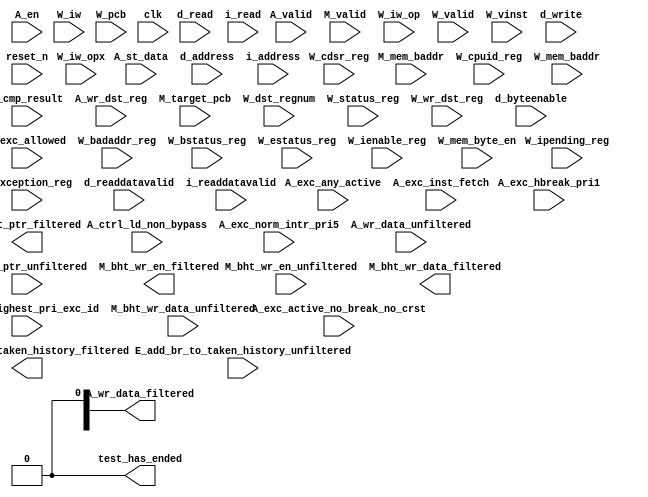
//Legal Notice: (C)2021 Altera Corporation. All rights reserved.  Your
//use of Altera Corporation's design tools, logic functions and other
//software and tools, and its AMPP partner logic functions, and any
//output files any of the foregoing (including device programming or
//simulation files), and any associated documentation or information are
//expressly subject to the terms and conditions of the Altera Program
//License Subscription Agreement or other applicable license agreement,
//including, without limitation, that your use is for the sole purpose
//of programming logic devices manufactured by Altera and sold by Altera
//or its authorized distributors.  Please refer to the applicable
//agreement for further details.

// synthesis translate_off
`timescale 1ns / 1ps
// synthesis translate_on

// turn off superfluous verilog processor warnings 
// altera message_level Level1 
// altera message_off 10034 10035 10036 10037 10230 10240 10030 

module mysystem_nios2_cpu_test_bench (
                                       // inputs:
                                        A_cmp_result,
                                        A_ctrl_ld_non_bypass,
                                        A_en,
                                        A_exc_active_no_break_no_crst,
                                        A_exc_allowed,
                                        A_exc_any_active,
                                        A_exc_hbreak_pri1,
                                        A_exc_highest_pri_exc_id,
                                        A_exc_inst_fetch,
                                        A_exc_norm_intr_pri5,
                                        A_st_data,
                                        A_valid,
                                        A_wr_data_unfiltered,
                                        A_wr_dst_reg,
                                        E_add_br_to_taken_history_unfiltered,
                                        M_bht_ptr_unfiltered,
                                        M_bht_wr_data_unfiltered,
                                        M_bht_wr_en_unfiltered,
                                        M_mem_baddr,
                                        M_target_pcb,
                                        M_valid,
                                        W_badaddr_reg,
                                        W_bstatus_reg,
                                        W_cdsr_reg,
                                        W_cpuid_reg,
                                        W_dst_regnum,
                                        W_estatus_reg,
                                        W_exception_reg,
                                        W_ienable_reg,
                                        W_ipending_reg,
                                        W_iw,
                                        W_iw_op,
                                        W_iw_opx,
                                        W_mem_baddr,
                                        W_mem_byte_en,
                                        W_pcb,
                                        W_status_reg,
                                        W_valid,
                                        W_vinst,
                                        W_wr_dst_reg,
                                        clk,
                                        d_address,
                                        d_byteenable,
                                        d_read,
                                        d_readdatavalid,
                                        d_write,
                                        i_address,
                                        i_read,
                                        i_readdatavalid,
                                        reset_n,

                                       // outputs:
                                        A_wr_data_filtered,
                                        E_add_br_to_taken_history_filtered,
                                        M_bht_ptr_filtered,
                                        M_bht_wr_data_filtered,
                                        M_bht_wr_en_filtered,
                                        test_has_ended
                                     )
;

  output  [ 31: 0] A_wr_data_filtered;
  output           E_add_br_to_taken_history_filtered;
  output  [  7: 0] M_bht_ptr_filtered;
  output  [  1: 0] M_bht_wr_data_filtered;
  output           M_bht_wr_en_filtered;
  output           test_has_ended;
  input            A_cmp_result;
  input            A_ctrl_ld_non_bypass;
  input            A_en;
  input            A_exc_active_no_break_no_crst;
  input            A_exc_allowed;
  input            A_exc_any_active;
  input            A_exc_hbreak_pri1;
  input   [ 31: 0] A_exc_highest_pri_exc_id;
  input            A_exc_inst_fetch;
  input            A_exc_norm_intr_pri5;
  input   [ 31: 0] A_st_data;
  input            A_valid;
  input   [ 31: 0] A_wr_data_unfiltered;
  input            A_wr_dst_reg;
  input            E_add_br_to_taken_history_unfiltered;
  input   [  7: 0] M_bht_ptr_unfiltered;
  input   [  1: 0] M_bht_wr_data_unfiltered;
  input            M_bht_wr_en_unfiltered;
  input   [ 14: 0] M_mem_baddr;
  input   [ 13: 0] M_target_pcb;
  input            M_valid;
  input   [ 31: 0] W_badaddr_reg;
  input   [ 31: 0] W_bstatus_reg;
  input   [ 31: 0] W_cdsr_reg;
  input   [ 31: 0] W_cpuid_reg;
  input   [  4: 0] W_dst_regnum;
  input   [ 31: 0] W_estatus_reg;
  input   [ 31: 0] W_exception_reg;
  input   [ 31: 0] W_ienable_reg;
  input   [ 31: 0] W_ipending_reg;
  input   [ 31: 0] W_iw;
  input   [  5: 0] W_iw_op;
  input   [  5: 0] W_iw_opx;
  input   [ 14: 0] W_mem_baddr;
  input   [  3: 0] W_mem_byte_en;
  input   [ 13: 0] W_pcb;
  input   [ 31: 0] W_status_reg;
  input            W_valid;
  input   [ 71: 0] W_vinst;
  input            W_wr_dst_reg;
  input            clk;
  input   [ 14: 0] d_address;
  input   [  3: 0] d_byteenable;
  input            d_read;
  input            d_readdatavalid;
  input            d_write;
  input   [ 13: 0] i_address;
  input            i_read;
  input            i_readdatavalid;
  input            reset_n;


wire             A_iw_invalid;
reg     [ 14: 0] A_mem_baddr;
reg     [ 13: 0] A_target_pcb;
wire    [ 31: 0] A_wr_data_filtered;
wire             A_wr_data_unfiltered_0_is_x;
wire             A_wr_data_unfiltered_10_is_x;
wire             A_wr_data_unfiltered_11_is_x;
wire             A_wr_data_unfiltered_12_is_x;
wire             A_wr_data_unfiltered_13_is_x;
wire             A_wr_data_unfiltered_14_is_x;
wire             A_wr_data_unfiltered_15_is_x;
wire             A_wr_data_unfiltered_16_is_x;
wire             A_wr_data_unfiltered_17_is_x;
wire             A_wr_data_unfiltered_18_is_x;
wire             A_wr_data_unfiltered_19_is_x;
wire             A_wr_data_unfiltered_1_is_x;
wire             A_wr_data_unfiltered_20_is_x;
wire             A_wr_data_unfiltered_21_is_x;
wire             A_wr_data_unfiltered_22_is_x;
wire             A_wr_data_unfiltered_23_is_x;
wire             A_wr_data_unfiltered_24_is_x;
wire             A_wr_data_unfiltered_25_is_x;
wire             A_wr_data_unfiltered_26_is_x;
wire             A_wr_data_unfiltered_27_is_x;
wire             A_wr_data_unfiltered_28_is_x;
wire             A_wr_data_unfiltered_29_is_x;
wire             A_wr_data_unfiltered_2_is_x;
wire             A_wr_data_unfiltered_30_is_x;
wire             A_wr_data_unfiltered_31_is_x;
wire             A_wr_data_unfiltered_3_is_x;
wire             A_wr_data_unfiltered_4_is_x;
wire             A_wr_data_unfiltered_5_is_x;
wire             A_wr_data_unfiltered_6_is_x;
wire             A_wr_data_unfiltered_7_is_x;
wire             A_wr_data_unfiltered_8_is_x;
wire             A_wr_data_unfiltered_9_is_x;
wire             E_add_br_to_taken_history_filtered;
wire             E_add_br_to_taken_history_unfiltered_is_x;
wire    [  7: 0] M_bht_ptr_filtered;
wire             M_bht_ptr_unfiltered_0_is_x;
wire             M_bht_ptr_unfiltered_1_is_x;
wire             M_bht_ptr_unfiltered_2_is_x;
wire             M_bht_ptr_unfiltered_3_is_x;
wire             M_bht_ptr_unfiltered_4_is_x;
wire             M_bht_ptr_unfiltered_5_is_x;
wire             M_bht_ptr_unfiltered_6_is_x;
wire             M_bht_ptr_unfiltered_7_is_x;
wire    [  1: 0] M_bht_wr_data_filtered;
wire             M_bht_wr_data_unfiltered_0_is_x;
wire             M_bht_wr_data_unfiltered_1_is_x;
wire             M_bht_wr_en_filtered;
wire             M_bht_wr_en_unfiltered_is_x;
reg     [ 31: 0] W_badaddr_reg_prev;
wire             W_badaddr_reg_prev_is_x;
reg     [ 31: 0] W_bstatus_reg_prev;
wire             W_bstatus_reg_prev_is_x;
reg     [ 31: 0] W_cdsr_reg_prev;
wire             W_cdsr_reg_prev_is_x;
reg              W_cmp_result;
reg     [ 31: 0] W_cpuid_reg_prev;
wire             W_cpuid_reg_prev_is_x;
reg     [ 31: 0] W_estatus_reg_prev;
wire             W_estatus_reg_prev_is_x;
reg              W_exc_any_active;
reg     [ 31: 0] W_exc_highest_pri_exc_id;
reg     [ 31: 0] W_exception_reg_prev;
wire             W_exception_reg_prev_is_x;
reg     [ 31: 0] W_ienable_reg_prev;
wire             W_ienable_reg_prev_is_x;
reg     [ 31: 0] W_ipending_reg_prev;
wire             W_ipending_reg_prev_is_x;
wire             W_is_opx_inst;
reg              W_iw_invalid;
wire             W_op_add;
wire             W_op_addi;
wire             W_op_and;
wire             W_op_andhi;
wire             W_op_andi;
wire             W_op_beq;
wire             W_op_bge;
wire             W_op_bgeu;
wire             W_op_blt;
wire             W_op_bltu;
wire             W_op_bne;
wire             W_op_br;
wire             W_op_break;
wire             W_op_bret;
wire             W_op_call;
wire             W_op_callr;
wire             W_op_cmpeq;
wire             W_op_cmpeqi;
wire             W_op_cmpge;
wire             W_op_cmpgei;
wire             W_op_cmpgeu;
wire             W_op_cmpgeui;
wire             W_op_cmplt;
wire             W_op_cmplti;
wire             W_op_cmpltu;
wire             W_op_cmpltui;
wire             W_op_cmpne;
wire             W_op_cmpnei;
wire             W_op_crst;
wire             W_op_custom;
wire             W_op_div;
wire             W_op_divu;
wire             W_op_eret;
wire             W_op_flushd;
wire             W_op_flushda;
wire             W_op_flushi;
wire             W_op_flushp;
wire             W_op_hbreak;
wire             W_op_initd;
wire             W_op_initda;
wire             W_op_initi;
wire             W_op_intr;
wire             W_op_jmp;
wire             W_op_jmpi;
wire             W_op_ldb;
wire             W_op_ldbio;
wire             W_op_ldbu;
wire             W_op_ldbuio;
wire             W_op_ldh;
wire             W_op_ldhio;
wire             W_op_ldhu;
wire             W_op_ldhuio;
wire             W_op_ldl;
wire             W_op_ldw;
wire             W_op_ldwio;
wire             W_op_mul;
wire             W_op_muli;
wire             W_op_mulxss;
wire             W_op_mulxsu;
wire             W_op_mulxuu;
wire             W_op_nextpc;
wire             W_op_nor;
wire             W_op_op_rsv02;
wire             W_op_op_rsv09;
wire             W_op_op_rsv10;
wire             W_op_op_rsv17;
wire             W_op_op_rsv18;
wire             W_op_op_rsv25;
wire             W_op_op_rsv26;
wire             W_op_op_rsv33;
wire             W_op_op_rsv34;
wire             W_op_op_rsv41;
wire             W_op_op_rsv42;
wire             W_op_op_rsv49;
wire             W_op_op_rsv57;
wire             W_op_op_rsv61;
wire             W_op_op_rsv62;
wire             W_op_op_rsv63;
wire             W_op_opx_rsv00;
wire             W_op_opx_rsv10;
wire             W_op_opx_rsv15;
wire             W_op_opx_rsv17;
wire             W_op_opx_rsv21;
wire             W_op_opx_rsv25;
wire             W_op_opx_rsv33;
wire             W_op_opx_rsv34;
wire             W_op_opx_rsv35;
wire             W_op_opx_rsv42;
wire             W_op_opx_rsv43;
wire             W_op_opx_rsv44;
wire             W_op_opx_rsv47;
wire             W_op_opx_rsv50;
wire             W_op_opx_rsv51;
wire             W_op_opx_rsv55;
wire             W_op_opx_rsv56;
wire             W_op_opx_rsv60;
wire             W_op_opx_rsv63;
wire             W_op_or;
wire             W_op_orhi;
wire             W_op_ori;
wire             W_op_rdctl;
wire             W_op_rdprs;
wire             W_op_ret;
wire             W_op_rol;
wire             W_op_roli;
wire             W_op_ror;
wire             W_op_sll;
wire             W_op_slli;
wire             W_op_sra;
wire             W_op_srai;
wire             W_op_srl;
wire             W_op_srli;
wire             W_op_stb;
wire             W_op_stbio;
wire             W_op_stc;
wire             W_op_sth;
wire             W_op_sthio;
wire             W_op_stw;
wire             W_op_stwio;
wire             W_op_sub;
wire             W_op_sync;
wire             W_op_trap;
wire             W_op_wrctl;
wire             W_op_wrprs;
wire             W_op_xor;
wire             W_op_xorhi;
wire             W_op_xori;
reg     [ 31: 0] W_st_data;
reg     [ 31: 0] W_status_reg_prev;
wire             W_status_reg_prev_is_x;
reg     [ 13: 0] W_target_pcb;
reg              W_valid_crst;
reg              W_valid_hbreak;
reg              W_valid_intr;
reg     [ 31: 0] W_wr_data_filtered;
wire             test_has_ended;
  assign W_op_call = W_iw_op == 0;
  assign W_op_jmpi = W_iw_op == 1;
  assign W_op_op_rsv02 = W_iw_op == 2;
  assign W_op_ldbu = W_iw_op == 3;
  assign W_op_addi = W_iw_op == 4;
  assign W_op_stb = W_iw_op == 5;
  assign W_op_br = W_iw_op == 6;
  assign W_op_ldb = W_iw_op == 7;
  assign W_op_cmpgei = W_iw_op == 8;
  assign W_op_op_rsv09 = W_iw_op == 9;
  assign W_op_op_rsv10 = W_iw_op == 10;
  assign W_op_ldhu = W_iw_op == 11;
  assign W_op_andi = W_iw_op == 12;
  assign W_op_sth = W_iw_op == 13;
  assign W_op_bge = W_iw_op == 14;
  assign W_op_ldh = W_iw_op == 15;
  assign W_op_cmplti = W_iw_op == 16;
  assign W_op_op_rsv17 = W_iw_op == 17;
  assign W_op_op_rsv18 = W_iw_op == 18;
  assign W_op_initda = W_iw_op == 19;
  assign W_op_ori = W_iw_op == 20;
  assign W_op_stw = W_iw_op == 21;
  assign W_op_blt = W_iw_op == 22;
  assign W_op_ldw = W_iw_op == 23;
  assign W_op_cmpnei = W_iw_op == 24;
  assign W_op_op_rsv25 = W_iw_op == 25;
  assign W_op_op_rsv26 = W_iw_op == 26;
  assign W_op_flushda = W_iw_op == 27;
  assign W_op_xori = W_iw_op == 28;
  assign W_op_stc = W_iw_op == 29;
  assign W_op_bne = W_iw_op == 30;
  assign W_op_ldl = W_iw_op == 31;
  assign W_op_cmpeqi = W_iw_op == 32;
  assign W_op_op_rsv33 = W_iw_op == 33;
  assign W_op_op_rsv34 = W_iw_op == 34;
  assign W_op_ldbuio = W_iw_op == 35;
  assign W_op_muli = W_iw_op == 36;
  assign W_op_stbio = W_iw_op == 37;
  assign W_op_beq = W_iw_op == 38;
  assign W_op_ldbio = W_iw_op == 39;
  assign W_op_cmpgeui = W_iw_op == 40;
  assign W_op_op_rsv41 = W_iw_op == 41;
  assign W_op_op_rsv42 = W_iw_op == 42;
  assign W_op_ldhuio = W_iw_op == 43;
  assign W_op_andhi = W_iw_op == 44;
  assign W_op_sthio = W_iw_op == 45;
  assign W_op_bgeu = W_iw_op == 46;
  assign W_op_ldhio = W_iw_op == 47;
  assign W_op_cmpltui = W_iw_op == 48;
  assign W_op_op_rsv49 = W_iw_op == 49;
  assign W_op_custom = W_iw_op == 50;
  assign W_op_initd = W_iw_op == 51;
  assign W_op_orhi = W_iw_op == 52;
  assign W_op_stwio = W_iw_op == 53;
  assign W_op_bltu = W_iw_op == 54;
  assign W_op_ldwio = W_iw_op == 55;
  assign W_op_rdprs = W_iw_op == 56;
  assign W_op_op_rsv57 = W_iw_op == 57;
  assign W_op_flushd = W_iw_op == 59;
  assign W_op_xorhi = W_iw_op == 60;
  assign W_op_op_rsv61 = W_iw_op == 61;
  assign W_op_op_rsv62 = W_iw_op == 62;
  assign W_op_op_rsv63 = W_iw_op == 63;
  assign W_op_opx_rsv00 = (W_iw_opx == 0) & W_is_opx_inst;
  assign W_op_eret = (W_iw_opx == 1) & W_is_opx_inst;
  assign W_op_roli = (W_iw_opx == 2) & W_is_opx_inst;
  assign W_op_rol = (W_iw_opx == 3) & W_is_opx_inst;
  assign W_op_flushp = (W_iw_opx == 4) & W_is_opx_inst;
  assign W_op_ret = (W_iw_opx == 5) & W_is_opx_inst;
  assign W_op_nor = (W_iw_opx == 6) & W_is_opx_inst;
  assign W_op_mulxuu = (W_iw_opx == 7) & W_is_opx_inst;
  assign W_op_cmpge = (W_iw_opx == 8) & W_is_opx_inst;
  assign W_op_bret = (W_iw_opx == 9) & W_is_opx_inst;
  assign W_op_opx_rsv10 = (W_iw_opx == 10) & W_is_opx_inst;
  assign W_op_ror = (W_iw_opx == 11) & W_is_opx_inst;
  assign W_op_flushi = (W_iw_opx == 12) & W_is_opx_inst;
  assign W_op_jmp = (W_iw_opx == 13) & W_is_opx_inst;
  assign W_op_and = (W_iw_opx == 14) & W_is_opx_inst;
  assign W_op_opx_rsv15 = (W_iw_opx == 15) & W_is_opx_inst;
  assign W_op_cmplt = (W_iw_opx == 16) & W_is_opx_inst;
  assign W_op_opx_rsv17 = (W_iw_opx == 17) & W_is_opx_inst;
  assign W_op_slli = (W_iw_opx == 18) & W_is_opx_inst;
  assign W_op_sll = (W_iw_opx == 19) & W_is_opx_inst;
  assign W_op_wrprs = (W_iw_opx == 20) & W_is_opx_inst;
  assign W_op_opx_rsv21 = (W_iw_opx == 21) & W_is_opx_inst;
  assign W_op_or = (W_iw_opx == 22) & W_is_opx_inst;
  assign W_op_mulxsu = (W_iw_opx == 23) & W_is_opx_inst;
  assign W_op_cmpne = (W_iw_opx == 24) & W_is_opx_inst;
  assign W_op_opx_rsv25 = (W_iw_opx == 25) & W_is_opx_inst;
  assign W_op_srli = (W_iw_opx == 26) & W_is_opx_inst;
  assign W_op_srl = (W_iw_opx == 27) & W_is_opx_inst;
  assign W_op_nextpc = (W_iw_opx == 28) & W_is_opx_inst;
  assign W_op_callr = (W_iw_opx == 29) & W_is_opx_inst;
  assign W_op_xor = (W_iw_opx == 30) & W_is_opx_inst;
  assign W_op_mulxss = (W_iw_opx == 31) & W_is_opx_inst;
  assign W_op_cmpeq = (W_iw_opx == 32) & W_is_opx_inst;
  assign W_op_opx_rsv33 = (W_iw_opx == 33) & W_is_opx_inst;
  assign W_op_opx_rsv34 = (W_iw_opx == 34) & W_is_opx_inst;
  assign W_op_opx_rsv35 = (W_iw_opx == 35) & W_is_opx_inst;
  assign W_op_divu = (W_iw_opx == 36) & W_is_opx_inst;
  assign W_op_div = (W_iw_opx == 37) & W_is_opx_inst;
  assign W_op_rdctl = (W_iw_opx == 38) & W_is_opx_inst;
  assign W_op_mul = (W_iw_opx == 39) & W_is_opx_inst;
  assign W_op_cmpgeu = (W_iw_opx == 40) & W_is_opx_inst;
  assign W_op_initi = (W_iw_opx == 41) & W_is_opx_inst;
  assign W_op_opx_rsv42 = (W_iw_opx == 42) & W_is_opx_inst;
  assign W_op_opx_rsv43 = (W_iw_opx == 43) & W_is_opx_inst;
  assign W_op_opx_rsv44 = (W_iw_opx == 44) & W_is_opx_inst;
  assign W_op_trap = (W_iw_opx == 45) & W_is_opx_inst;
  assign W_op_wrctl = (W_iw_opx == 46) & W_is_opx_inst;
  assign W_op_opx_rsv47 = (W_iw_opx == 47) & W_is_opx_inst;
  assign W_op_cmpltu = (W_iw_opx == 48) & W_is_opx_inst;
  assign W_op_add = (W_iw_opx == 49) & W_is_opx_inst;
  assign W_op_opx_rsv50 = (W_iw_opx == 50) & W_is_opx_inst;
  assign W_op_opx_rsv51 = (W_iw_opx == 51) & W_is_opx_inst;
  assign W_op_break = (W_iw_opx == 52) & W_is_opx_inst;
  assign W_op_hbreak = (W_iw_opx == 53) & W_is_opx_inst;
  assign W_op_sync = (W_iw_opx == 54) & W_is_opx_inst;
  assign W_op_opx_rsv55 = (W_iw_opx == 55) & W_is_opx_inst;
  assign W_op_opx_rsv56 = (W_iw_opx == 56) & W_is_opx_inst;
  assign W_op_sub = (W_iw_opx == 57) & W_is_opx_inst;
  assign W_op_srai = (W_iw_opx == 58) & W_is_opx_inst;
  assign W_op_sra = (W_iw_opx == 59) & W_is_opx_inst;
  assign W_op_opx_rsv60 = (W_iw_opx == 60) & W_is_opx_inst;
  assign W_op_intr = (W_iw_opx == 61) & W_is_opx_inst;
  assign W_op_crst = (W_iw_opx == 62) & W_is_opx_inst;
  assign W_op_opx_rsv63 = (W_iw_opx == 63) & W_is_opx_inst;
  assign W_is_opx_inst = W_iw_op == 58;
  always @(posedge clk or negedge reset_n)
    begin
      if (reset_n == 0)
          A_target_pcb <= 0;
      else if (A_en)
          A_target_pcb <= M_target_pcb;
    end


  always @(posedge clk or negedge reset_n)
    begin
      if (reset_n == 0)
          A_mem_baddr <= 0;
      else if (A_en)
          A_mem_baddr <= M_mem_baddr;
    end


  always @(posedge clk or negedge reset_n)
    begin
      if (reset_n == 0)
          W_wr_data_filtered <= 0;
      else 
        W_wr_data_filtered <= A_wr_data_filtered;
    end


  always @(posedge clk or negedge reset_n)
    begin
      if (reset_n == 0)
          W_st_data <= 0;
      else 
        W_st_data <= A_st_data;
    end


  always @(posedge clk or negedge reset_n)
    begin
      if (reset_n == 0)
          W_cmp_result <= 0;
      else 
        W_cmp_result <= A_cmp_result;
    end


  always @(posedge clk or negedge reset_n)
    begin
      if (reset_n == 0)
          W_target_pcb <= 0;
      else 
        W_target_pcb <= A_target_pcb;
    end


  always @(posedge clk or negedge reset_n)
    begin
      if (reset_n == 0)
          W_valid_hbreak <= 0;
      else 
        W_valid_hbreak <= A_exc_allowed & A_exc_hbreak_pri1;
    end


  always @(posedge clk or negedge reset_n)
    begin
      if (reset_n == 0)
          W_valid_crst <= 0;
      else 
        W_valid_crst <= A_exc_allowed & 0;
    end


  always @(posedge clk or negedge reset_n)
    begin
      if (reset_n == 0)
          W_valid_intr <= 0;
      else 
        W_valid_intr <= A_exc_allowed & A_exc_norm_intr_pri5;
    end


  always @(posedge clk or negedge reset_n)
    begin
      if (reset_n == 0)
          W_exc_any_active <= 0;
      else 
        W_exc_any_active <= A_exc_any_active;
    end


  always @(posedge clk or negedge reset_n)
    begin
      if (reset_n == 0)
          W_exc_highest_pri_exc_id <= 0;
      else 
        W_exc_highest_pri_exc_id <= A_exc_highest_pri_exc_id;
    end


  assign A_iw_invalid = A_exc_inst_fetch & A_exc_active_no_break_no_crst;
  always @(posedge clk or negedge reset_n)
    begin
      if (reset_n == 0)
          W_iw_invalid <= 0;
      else 
        W_iw_invalid <= A_iw_invalid;
    end


  assign test_has_ended = 1'b0;

//synthesis translate_off
//////////////// SIMULATION-ONLY CONTENTS
  //Clearing 'X' data bits
  assign A_wr_data_unfiltered_0_is_x = ^(A_wr_data_unfiltered[0]) === 1'bx;

  assign A_wr_data_filtered[0] = (A_wr_data_unfiltered_0_is_x & (A_ctrl_ld_non_bypass)) ? 1'b0 : A_wr_data_unfiltered[0];
  assign A_wr_data_unfiltered_1_is_x = ^(A_wr_data_unfiltered[1]) === 1'bx;
  assign A_wr_data_filtered[1] = (A_wr_data_unfiltered_1_is_x & (A_ctrl_ld_non_bypass)) ? 1'b0 : A_wr_data_unfiltered[1];
  assign A_wr_data_unfiltered_2_is_x = ^(A_wr_data_unfiltered[2]) === 1'bx;
  assign A_wr_data_filtered[2] = (A_wr_data_unfiltered_2_is_x & (A_ctrl_ld_non_bypass)) ? 1'b0 : A_wr_data_unfiltered[2];
  assign A_wr_data_unfiltered_3_is_x = ^(A_wr_data_unfiltered[3]) === 1'bx;
  assign A_wr_data_filtered[3] = (A_wr_data_unfiltered_3_is_x & (A_ctrl_ld_non_bypass)) ? 1'b0 : A_wr_data_unfiltered[3];
  assign A_wr_data_unfiltered_4_is_x = ^(A_wr_data_unfiltered[4]) === 1'bx;
  assign A_wr_data_filtered[4] = (A_wr_data_unfiltered_4_is_x & (A_ctrl_ld_non_bypass)) ? 1'b0 : A_wr_data_unfiltered[4];
  assign A_wr_data_unfiltered_5_is_x = ^(A_wr_data_unfiltered[5]) === 1'bx;
  assign A_wr_data_filtered[5] = (A_wr_data_unfiltered_5_is_x & (A_ctrl_ld_non_bypass)) ? 1'b0 : A_wr_data_unfiltered[5];
  assign A_wr_data_unfiltered_6_is_x = ^(A_wr_data_unfiltered[6]) === 1'bx;
  assign A_wr_data_filtered[6] = (A_wr_data_unfiltered_6_is_x & (A_ctrl_ld_non_bypass)) ? 1'b0 : A_wr_data_unfiltered[6];
  assign A_wr_data_unfiltered_7_is_x = ^(A_wr_data_unfiltered[7]) === 1'bx;
  assign A_wr_data_filtered[7] = (A_wr_data_unfiltered_7_is_x & (A_ctrl_ld_non_bypass)) ? 1'b0 : A_wr_data_unfiltered[7];
  assign A_wr_data_unfiltered_8_is_x = ^(A_wr_data_unfiltered[8]) === 1'bx;
  assign A_wr_data_filtered[8] = (A_wr_data_unfiltered_8_is_x & (A_ctrl_ld_non_bypass)) ? 1'b0 : A_wr_data_unfiltered[8];
  assign A_wr_data_unfiltered_9_is_x = ^(A_wr_data_unfiltered[9]) === 1'bx;
  assign A_wr_data_filtered[9] = (A_wr_data_unfiltered_9_is_x & (A_ctrl_ld_non_bypass)) ? 1'b0 : A_wr_data_unfiltered[9];
  assign A_wr_data_unfiltered_10_is_x = ^(A_wr_data_unfiltered[10]) === 1'bx;
  assign A_wr_data_filtered[10] = (A_wr_data_unfiltered_10_is_x & (A_ctrl_ld_non_bypass)) ? 1'b0 : A_wr_data_unfiltered[10];
  assign A_wr_data_unfiltered_11_is_x = ^(A_wr_data_unfiltered[11]) === 1'bx;
  assign A_wr_data_filtered[11] = (A_wr_data_unfiltered_11_is_x & (A_ctrl_ld_non_bypass)) ? 1'b0 : A_wr_data_unfiltered[11];
  assign A_wr_data_unfiltered_12_is_x = ^(A_wr_data_unfiltered[12]) === 1'bx;
  assign A_wr_data_filtered[12] = (A_wr_data_unfiltered_12_is_x & (A_ctrl_ld_non_bypass)) ? 1'b0 : A_wr_data_unfiltered[12];
  assign A_wr_data_unfiltered_13_is_x = ^(A_wr_data_unfiltered[13]) === 1'bx;
  assign A_wr_data_filtered[13] = (A_wr_data_unfiltered_13_is_x & (A_ctrl_ld_non_bypass)) ? 1'b0 : A_wr_data_unfiltered[13];
  assign A_wr_data_unfiltered_14_is_x = ^(A_wr_data_unfiltered[14]) === 1'bx;
  assign A_wr_data_filtered[14] = (A_wr_data_unfiltered_14_is_x & (A_ctrl_ld_non_bypass)) ? 1'b0 : A_wr_data_unfiltered[14];
  assign A_wr_data_unfiltered_15_is_x = ^(A_wr_data_unfiltered[15]) === 1'bx;
  assign A_wr_data_filtered[15] = (A_wr_data_unfiltered_15_is_x & (A_ctrl_ld_non_bypass)) ? 1'b0 : A_wr_data_unfiltered[15];
  assign A_wr_data_unfiltered_16_is_x = ^(A_wr_data_unfiltered[16]) === 1'bx;
  assign A_wr_data_filtered[16] = (A_wr_data_unfiltered_16_is_x & (A_ctrl_ld_non_bypass)) ? 1'b0 : A_wr_data_unfiltered[16];
  assign A_wr_data_unfiltered_17_is_x = ^(A_wr_data_unfiltered[17]) === 1'bx;
  assign A_wr_data_filtered[17] = (A_wr_data_unfiltered_17_is_x & (A_ctrl_ld_non_bypass)) ? 1'b0 : A_wr_data_unfiltered[17];
  assign A_wr_data_unfiltered_18_is_x = ^(A_wr_data_unfiltered[18]) === 1'bx;
  assign A_wr_data_filtered[18] = (A_wr_data_unfiltered_18_is_x & (A_ctrl_ld_non_bypass)) ? 1'b0 : A_wr_data_unfiltered[18];
  assign A_wr_data_unfiltered_19_is_x = ^(A_wr_data_unfiltered[19]) === 1'bx;
  assign A_wr_data_filtered[19] = (A_wr_data_unfiltered_19_is_x & (A_ctrl_ld_non_bypass)) ? 1'b0 : A_wr_data_unfiltered[19];
  assign A_wr_data_unfiltered_20_is_x = ^(A_wr_data_unfiltered[20]) === 1'bx;
  assign A_wr_data_filtered[20] = (A_wr_data_unfiltered_20_is_x & (A_ctrl_ld_non_bypass)) ? 1'b0 : A_wr_data_unfiltered[20];
  assign A_wr_data_unfiltered_21_is_x = ^(A_wr_data_unfiltered[21]) === 1'bx;
  assign A_wr_data_filtered[21] = (A_wr_data_unfiltered_21_is_x & (A_ctrl_ld_non_bypass)) ? 1'b0 : A_wr_data_unfiltered[21];
  assign A_wr_data_unfiltered_22_is_x = ^(A_wr_data_unfiltered[22]) === 1'bx;
  assign A_wr_data_filtered[22] = (A_wr_data_unfiltered_22_is_x & (A_ctrl_ld_non_bypass)) ? 1'b0 : A_wr_data_unfiltered[22];
  assign A_wr_data_unfiltered_23_is_x = ^(A_wr_data_unfiltered[23]) === 1'bx;
  assign A_wr_data_filtered[23] = (A_wr_data_unfiltered_23_is_x & (A_ctrl_ld_non_bypass)) ? 1'b0 : A_wr_data_unfiltered[23];
  assign A_wr_data_unfiltered_24_is_x = ^(A_wr_data_unfiltered[24]) === 1'bx;
  assign A_wr_data_filtered[24] = (A_wr_data_unfiltered_24_is_x & (A_ctrl_ld_non_bypass)) ? 1'b0 : A_wr_data_unfiltered[24];
  assign A_wr_data_unfiltered_25_is_x = ^(A_wr_data_unfiltered[25]) === 1'bx;
  assign A_wr_data_filtered[25] = (A_wr_data_unfiltered_25_is_x & (A_ctrl_ld_non_bypass)) ? 1'b0 : A_wr_data_unfiltered[25];
  assign A_wr_data_unfiltered_26_is_x = ^(A_wr_data_unfiltered[26]) === 1'bx;
  assign A_wr_data_filtered[26] = (A_wr_data_unfiltered_26_is_x & (A_ctrl_ld_non_bypass)) ? 1'b0 : A_wr_data_unfiltered[26];
  assign A_wr_data_unfiltered_27_is_x = ^(A_wr_data_unfiltered[27]) === 1'bx;
  assign A_wr_data_filtered[27] = (A_wr_data_unfiltered_27_is_x & (A_ctrl_ld_non_bypass)) ? 1'b0 : A_wr_data_unfiltered[27];
  assign A_wr_data_unfiltered_28_is_x = ^(A_wr_data_unfiltered[28]) === 1'bx;
  assign A_wr_data_filtered[28] = (A_wr_data_unfiltered_28_is_x & (A_ctrl_ld_non_bypass)) ? 1'b0 : A_wr_data_unfiltered[28];
  assign A_wr_data_unfiltered_29_is_x = ^(A_wr_data_unfiltered[29]) === 1'bx;
  assign A_wr_data_filtered[29] = (A_wr_data_unfiltered_29_is_x & (A_ctrl_ld_non_bypass)) ? 1'b0 : A_wr_data_unfiltered[29];
  assign A_wr_data_unfiltered_30_is_x = ^(A_wr_data_unfiltered[30]) === 1'bx;
  assign A_wr_data_filtered[30] = (A_wr_data_unfiltered_30_is_x & (A_ctrl_ld_non_bypass)) ? 1'b0 : A_wr_data_unfiltered[30];
  assign A_wr_data_unfiltered_31_is_x = ^(A_wr_data_unfiltered[31]) === 1'bx;
  assign A_wr_data_filtered[31] = (A_wr_data_unfiltered_31_is_x & (A_ctrl_ld_non_bypass)) ? 1'b0 : A_wr_data_unfiltered[31];
  //Clearing 'X' data bits
  assign E_add_br_to_taken_history_unfiltered_is_x = ^(E_add_br_to_taken_history_unfiltered) === 1'bx;

  assign E_add_br_to_taken_history_filtered = E_add_br_to_taken_history_unfiltered_is_x ? 1'b0 : E_add_br_to_taken_history_unfiltered;
  //Clearing 'X' data bits
  assign M_bht_wr_en_unfiltered_is_x = ^(M_bht_wr_en_unfiltered) === 1'bx;

  assign M_bht_wr_en_filtered = M_bht_wr_en_unfiltered_is_x ? 1'b0 : M_bht_wr_en_unfiltered;
  //Clearing 'X' data bits
  assign M_bht_wr_data_unfiltered_0_is_x = ^(M_bht_wr_data_unfiltered[0]) === 1'bx;

  assign M_bht_wr_data_filtered[0] = M_bht_wr_data_unfiltered_0_is_x ? 1'b0 : M_bht_wr_data_unfiltered[0];
  assign M_bht_wr_data_unfiltered_1_is_x = ^(M_bht_wr_data_unfiltered[1]) === 1'bx;
  assign M_bht_wr_data_filtered[1] = M_bht_wr_data_unfiltered_1_is_x ? 1'b0 : M_bht_wr_data_unfiltered[1];
  //Clearing 'X' data bits
  assign M_bht_ptr_unfiltered_0_is_x = ^(M_bht_ptr_unfiltered[0]) === 1'bx;

  assign M_bht_ptr_filtered[0] = M_bht_ptr_unfiltered_0_is_x ? 1'b0 : M_bht_ptr_unfiltered[0];
  assign M_bht_ptr_unfiltered_1_is_x = ^(M_bht_ptr_unfiltered[1]) === 1'bx;
  assign M_bht_ptr_filtered[1] = M_bht_ptr_unfiltered_1_is_x ? 1'b0 : M_bht_ptr_unfiltered[1];
  assign M_bht_ptr_unfiltered_2_is_x = ^(M_bht_ptr_unfiltered[2]) === 1'bx;
  assign M_bht_ptr_filtered[2] = M_bht_ptr_unfiltered_2_is_x ? 1'b0 : M_bht_ptr_unfiltered[2];
  assign M_bht_ptr_unfiltered_3_is_x = ^(M_bht_ptr_unfiltered[3]) === 1'bx;
  assign M_bht_ptr_filtered[3] = M_bht_ptr_unfiltered_3_is_x ? 1'b0 : M_bht_ptr_unfiltered[3];
  assign M_bht_ptr_unfiltered_4_is_x = ^(M_bht_ptr_unfiltered[4]) === 1'bx;
  assign M_bht_ptr_filtered[4] = M_bht_ptr_unfiltered_4_is_x ? 1'b0 : M_bht_ptr_unfiltered[4];
  assign M_bht_ptr_unfiltered_5_is_x = ^(M_bht_ptr_unfiltered[5]) === 1'bx;
  assign M_bht_ptr_filtered[5] = M_bht_ptr_unfiltered_5_is_x ? 1'b0 : M_bht_ptr_unfiltered[5];
  assign M_bht_ptr_unfiltered_6_is_x = ^(M_bht_ptr_unfiltered[6]) === 1'bx;
  assign M_bht_ptr_filtered[6] = M_bht_ptr_unfiltered_6_is_x ? 1'b0 : M_bht_ptr_unfiltered[6];
  assign M_bht_ptr_unfiltered_7_is_x = ^(M_bht_ptr_unfiltered[7]) === 1'bx;
  assign M_bht_ptr_filtered[7] = M_bht_ptr_unfiltered_7_is_x ? 1'b0 : M_bht_ptr_unfiltered[7];
  always @(posedge clk)
    begin
      if (reset_n)
          if (^(W_wr_dst_reg) === 1'bx)
            begin
              $write("%0d ns: ERROR: mysystem_nios2_cpu_test_bench/W_wr_dst_reg is 'x'\n", $time);
              $stop;
            end
    end


  always @(posedge clk or negedge reset_n)
    begin
      if (reset_n == 0)
        begin
        end
      else if (W_wr_dst_reg)
          if (^(W_dst_regnum) === 1'bx)
            begin
              $write("%0d ns: ERROR: mysystem_nios2_cpu_test_bench/W_dst_regnum is 'x'\n", $time);
              $stop;
            end
    end


  always @(posedge clk)
    begin
      if (reset_n)
          if (^(W_valid) === 1'bx)
            begin
              $write("%0d ns: ERROR: mysystem_nios2_cpu_test_bench/W_valid is 'x'\n", $time);
              $stop;
            end
    end


  always @(posedge clk or negedge reset_n)
    begin
      if (reset_n == 0)
        begin
        end
      else if (W_valid)
          if (^(W_pcb) === 1'bx)
            begin
              $write("%0d ns: ERROR: mysystem_nios2_cpu_test_bench/W_pcb is 'x'\n", $time);
              $stop;
            end
    end


  always @(posedge clk or negedge reset_n)
    begin
      if (reset_n == 0)
        begin
        end
      else if (W_valid)
          if (^(W_iw) === 1'bx)
            begin
              $write("%0d ns: ERROR: mysystem_nios2_cpu_test_bench/W_iw is 'x'\n", $time);
              $stop;
            end
    end


  always @(posedge clk)
    begin
      if (reset_n)
          if (^(A_en) === 1'bx)
            begin
              $write("%0d ns: ERROR: mysystem_nios2_cpu_test_bench/A_en is 'x'\n", $time);
              $stop;
            end
    end


  always @(posedge clk)
    begin
      if (reset_n)
          if (^(M_valid) === 1'bx)
            begin
              $write("%0d ns: ERROR: mysystem_nios2_cpu_test_bench/M_valid is 'x'\n", $time);
              $stop;
            end
    end


  always @(posedge clk)
    begin
      if (reset_n)
          if (^(A_valid) === 1'bx)
            begin
              $write("%0d ns: ERROR: mysystem_nios2_cpu_test_bench/A_valid is 'x'\n", $time);
              $stop;
            end
    end


  always @(posedge clk or negedge reset_n)
    begin
      if (reset_n == 0)
        begin
        end
      else if (A_valid & A_en & A_wr_dst_reg)
          if (^(A_wr_data_unfiltered) === 1'bx)
            begin
              $write("%0d ns: WARNING: mysystem_nios2_cpu_test_bench/A_wr_data_unfiltered is 'x'\n", $time);
            end
    end


  always @(posedge clk)
    begin
      if (reset_n)
          if (^(W_status_reg) === 1'bx)
            begin
              $write("%0d ns: ERROR: mysystem_nios2_cpu_test_bench/W_status_reg is 'x'\n", $time);
              $stop;
            end
    end


  always @(posedge clk)
    begin
      if (reset_n)
          if (^(W_estatus_reg) === 1'bx)
            begin
              $write("%0d ns: ERROR: mysystem_nios2_cpu_test_bench/W_estatus_reg is 'x'\n", $time);
              $stop;
            end
    end


  always @(posedge clk)
    begin
      if (reset_n)
          if (^(W_bstatus_reg) === 1'bx)
            begin
              $write("%0d ns: ERROR: mysystem_nios2_cpu_test_bench/W_bstatus_reg is 'x'\n", $time);
              $stop;
            end
    end


  always @(posedge clk)
    begin
      if (reset_n)
          if (^(W_exception_reg) === 1'bx)
            begin
              $write("%0d ns: ERROR: mysystem_nios2_cpu_test_bench/W_exception_reg is 'x'\n", $time);
              $stop;
            end
    end


  always @(posedge clk)
    begin
      if (reset_n)
          if (^(W_badaddr_reg) === 1'bx)
            begin
              $write("%0d ns: ERROR: mysystem_nios2_cpu_test_bench/W_badaddr_reg is 'x'\n", $time);
              $stop;
            end
    end


  always @(posedge clk)
    begin
      if (reset_n)
          if (^(A_exc_any_active) === 1'bx)
            begin
              $write("%0d ns: ERROR: mysystem_nios2_cpu_test_bench/A_exc_any_active is 'x'\n", $time);
              $stop;
            end
    end


  always @(posedge clk)
    begin
      if (reset_n)
          if (^(i_read) === 1'bx)
            begin
              $write("%0d ns: ERROR: mysystem_nios2_cpu_test_bench/i_read is 'x'\n", $time);
              $stop;
            end
    end


  always @(posedge clk or negedge reset_n)
    begin
      if (reset_n == 0)
        begin
        end
      else if (i_read)
          if (^(i_address) === 1'bx)
            begin
              $write("%0d ns: ERROR: mysystem_nios2_cpu_test_bench/i_address is 'x'\n", $time);
              $stop;
            end
    end


  always @(posedge clk)
    begin
      if (reset_n)
          if (^(d_write) === 1'bx)
            begin
              $write("%0d ns: ERROR: mysystem_nios2_cpu_test_bench/d_write is 'x'\n", $time);
              $stop;
            end
    end


  always @(posedge clk or negedge reset_n)
    begin
      if (reset_n == 0)
        begin
        end
      else if (d_write)
          if (^(d_byteenable) === 1'bx)
            begin
              $write("%0d ns: ERROR: mysystem_nios2_cpu_test_bench/d_byteenable is 'x'\n", $time);
              $stop;
            end
    end


  always @(posedge clk or negedge reset_n)
    begin
      if (reset_n == 0)
        begin
        end
      else if (d_write | d_read)
          if (^(d_address) === 1'bx)
            begin
              $write("%0d ns: ERROR: mysystem_nios2_cpu_test_bench/d_address is 'x'\n", $time);
              $stop;
            end
    end


  always @(posedge clk)
    begin
      if (reset_n)
          if (^(d_read) === 1'bx)
            begin
              $write("%0d ns: ERROR: mysystem_nios2_cpu_test_bench/d_read is 'x'\n", $time);
              $stop;
            end
    end


  always @(posedge clk)
    begin
      if (reset_n)
          if (^(i_readdatavalid) === 1'bx)
            begin
              $write("%0d ns: ERROR: mysystem_nios2_cpu_test_bench/i_readdatavalid is 'x'\n", $time);
              $stop;
            end
    end


  always @(posedge clk)
    begin
      if (reset_n)
          if (^(d_readdatavalid) === 1'bx)
            begin
              $write("%0d ns: ERROR: mysystem_nios2_cpu_test_bench/d_readdatavalid is 'x'\n", $time);
              $stop;
            end
    end


  
  reg [31:0] trace_handle; // for $fopen
  initial  
  begin
    trace_handle = $fopen("mysystem_nios2_cpu.tr");
    $fwrite(trace_handle, "HeaderStart\nVersion 0\nCpuCoreName NiosII/f2\nCpuInstanceName mysystem_nios2_cpu\nCpuArchName Nios2\nCpuArchRev R1\nCtrlRegPresent 0\nCtrlRegPresent 1\nCtrlRegPresent 2\nCtrlRegPresent 3\nCtrlRegPresent 4\nCtrlRegPresent 5\nCtrlRegPresent 7\nCtrlRegPresent c\nCtrlRegPresent 1f\nExcContainsId 1\nHeaderEnd\n");
  end
  assign W_status_reg_prev_is_x = ^(W_status_reg_prev) === 1'bx;
  assign W_estatus_reg_prev_is_x = ^(W_estatus_reg_prev) === 1'bx;
  assign W_bstatus_reg_prev_is_x = ^(W_bstatus_reg_prev) === 1'bx;
  assign W_ienable_reg_prev_is_x = ^(W_ienable_reg_prev) === 1'bx;
  assign W_ipending_reg_prev_is_x = ^(W_ipending_reg_prev) === 1'bx;
  assign W_cpuid_reg_prev_is_x = ^(W_cpuid_reg_prev) === 1'bx;
  assign W_exception_reg_prev_is_x = ^(W_exception_reg_prev) === 1'bx;
  assign W_badaddr_reg_prev_is_x = ^(W_badaddr_reg_prev) === 1'bx;
  assign W_cdsr_reg_prev_is_x = ^(W_cdsr_reg_prev) === 1'bx;
  always @(posedge clk)
    begin
      if (~test_has_ended)
        begin
          if ((W_status_reg != W_status_reg_prev) || W_status_reg_prev_is_x)
            begin
              $fwrite(trace_handle, "%0d ns: %0h,%0h,%0h\n", $time, 4, 0, W_status_reg);
              W_status_reg_prev <= W_status_reg;
            end
          if ((W_estatus_reg != W_estatus_reg_prev) || W_estatus_reg_prev_is_x)
            begin
              $fwrite(trace_handle, "%0d ns: %0h,%0h,%0h\n", $time, 4, 1, W_estatus_reg);
              W_estatus_reg_prev <= W_estatus_reg;
            end
          if ((W_bstatus_reg != W_bstatus_reg_prev) || W_bstatus_reg_prev_is_x)
            begin
              $fwrite(trace_handle, "%0d ns: %0h,%0h,%0h\n", $time, 4, 2, W_bstatus_reg);
              W_bstatus_reg_prev <= W_bstatus_reg;
            end
          if ((W_ienable_reg != W_ienable_reg_prev) || W_ienable_reg_prev_is_x)
            begin
              $fwrite(trace_handle, "%0d ns: %0h,%0h,%0h\n", $time, 4, 3, W_ienable_reg);
              W_ienable_reg_prev <= W_ienable_reg;
            end
          if ((W_ipending_reg != W_ipending_reg_prev) || W_ipending_reg_prev_is_x)
            begin
              $fwrite(trace_handle, "%0d ns: %0h,%0h,%0h\n", $time, 4, 4, W_ipending_reg);
              W_ipending_reg_prev <= W_ipending_reg;
            end
          if ((W_cpuid_reg != W_cpuid_reg_prev) || W_cpuid_reg_prev_is_x)
            begin
              $fwrite(trace_handle, "%0d ns: %0h,%0h,%0h\n", $time, 4, 5, W_cpuid_reg);
              W_cpuid_reg_prev <= W_cpuid_reg;
            end
          if ((W_exception_reg != W_exception_reg_prev) || W_exception_reg_prev_is_x)
            begin
              $fwrite(trace_handle, "%0d ns: %0h,%0h,%0h\n", $time, 4, 7, W_exception_reg);
              W_exception_reg_prev <= W_exception_reg;
            end
          if ((W_badaddr_reg != W_badaddr_reg_prev) || W_badaddr_reg_prev_is_x)
            begin
              $fwrite(trace_handle, "%0d ns: %0h,%0h,%0h\n", $time, 4, 12, W_badaddr_reg);
              W_badaddr_reg_prev <= W_badaddr_reg;
            end
          if ((W_cdsr_reg != W_cdsr_reg_prev) || W_cdsr_reg_prev_is_x)
            begin
              $fwrite(trace_handle, "%0d ns: %0h,%0h,%0h\n", $time, 4, 31, W_cdsr_reg);
              W_cdsr_reg_prev <= W_cdsr_reg;
            end
          if (~reset_n)
              $fwrite(trace_handle, "%0d ns: %0h,%0h\n", $time, 0, 0);
          else if (W_valid_hbreak)
              $fwrite(trace_handle, "%0d ns: %0h,%0h,%0h,%0h,%0h\n", $time, 1, W_pcb, W_wr_dst_reg, W_dst_regnum, W_wr_data_filtered);
          else if (W_valid_intr)
              $fwrite(trace_handle, "%0d ns: %0h,%0h,%0h,%0h,%0h\n", $time, 2, W_pcb, W_wr_dst_reg, W_dst_regnum, W_wr_data_filtered);
          else if (W_valid || W_exc_any_active)
              $fwrite(trace_handle, "%0d ns: %0h,%0h,%0h,%0h,%0h,%0h,%0h,%0h,%0h,%0h,%0h,%0h,%0h\n", $time, 3, W_exc_any_active ? W_exc_highest_pri_exc_id : 0, W_pcb, ~W_iw_invalid, W_iw, W_wr_dst_reg, W_dst_regnum, W_wr_data_filtered, W_mem_baddr, W_st_data, W_mem_byte_en, W_cmp_result, W_target_pcb);
        end
    end



//////////////// END SIMULATION-ONLY CONTENTS

//synthesis translate_on
//synthesis read_comments_as_HDL on
//  
//  assign A_wr_data_filtered = A_wr_data_unfiltered;
//
//  
//  assign E_add_br_to_taken_history_filtered = E_add_br_to_taken_history_unfiltered;
//
//  
//  assign M_bht_wr_en_filtered = M_bht_wr_en_unfiltered;
//
//  
//  assign M_bht_wr_data_filtered = M_bht_wr_data_unfiltered;
//
//  
//  assign M_bht_ptr_filtered = M_bht_ptr_unfiltered;
//
//synthesis read_comments_as_HDL off

endmodule